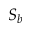
S _ { b }